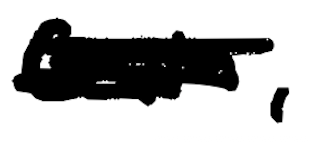
Text: Guin,
Cross-out: scratch
Writing tool: digital_black